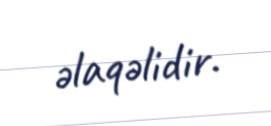
əlaqəlidir.